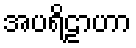
အပရိဠာဟာ